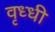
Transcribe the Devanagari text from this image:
वृध्धी